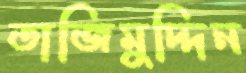
তাজিমুদ্দিন